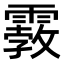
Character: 𩄿